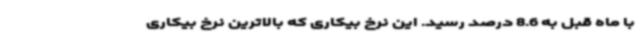
با ماه قبل به 8.6 درصد رسید. این نرخ بیکاری که بالاترین نرخ بیکاری